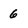
Character: 6